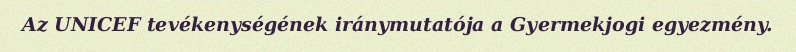
Az UNICEF tevékenységének iránymutatója a Gyermekjogi egyezmény.